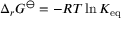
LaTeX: \Delta _ { r } G ^ { \ominus } = - R T \ln K _ { \mathrm { e q } }